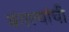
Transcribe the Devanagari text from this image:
बंगल्यांची